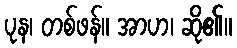
ပုန၊ တစ်ဖန်။ အာဟ၊ ဆို၏။